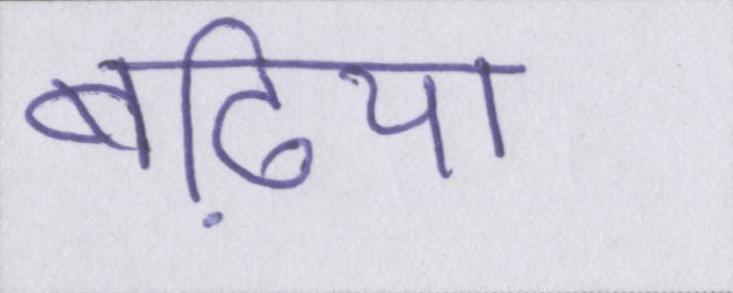
बढि़या